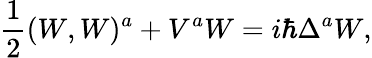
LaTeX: \frac{1}{2}(W,W)^{a}+V^{a}W=i\hbar\Delta^{a}W,